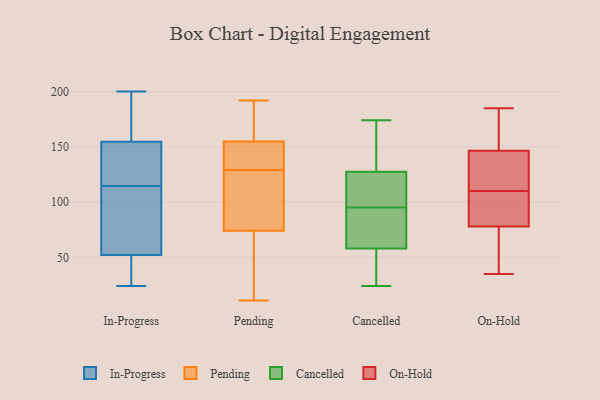
{"axis": {"x": "Population (Million)", "y": "Value"}, "legend": ["Cancelled", "In-Progress", "On-Hold", "Pending"], "data": [{"x": "", "y": 50, "type": "In-Progress"}, {"x": "", "y": 97, "type": "In-Progress"}, {"x": "", "y": 54, "type": "In-Progress"}, {"x": "", "y": 164, "type": "In-Progress"}, {"x": "", "y": 103, "type": "In-Progress"}, {"x": "", "y": 45, "type": "In-Progress"}, {"x": "", "y": 37, "type": "In-Progress"}, {"x": "", "y": 155, "type": "In-Progress"}, {"x": "", "y": 24, "type": "In-Progress"}, {"x": "", "y": 60, "type": "In-Progress"}, {"x": "", "y": 200, "type": "In-Progress"}, {"x": "", "y": 126, "type": "In-Progress"}, {"x": "", "y": 154, "type": "In-Progress"}, {"x": "", "y": 127, "type": "In-Progress"}, {"x": "", "y": 139, "type": "In-Progress"}, {"x": "", "y": 159, "type": "In-Progress"}, {"x": "", "y": 192, "type": "Pending"}, {"x": "", "y": 118, "type": "Pending"}, {"x": "", "y": 83, "type": "Pending"}, {"x": "", "y": 11, "type": "Pending"}, {"x": "", "y": 153, "type": "Pending"}, {"x": "", "y": 186, "type": "Pending"}, {"x": "", "y": 76, "type": "Pending"}, {"x": "", "y": 145, "type": "Pending"}, {"x": "", "y": 111, "type": "Pending"}, {"x": "", "y": 134, "type": "Pending"}, {"x": "", "y": 37, "type": "Pending"}, {"x": "", "y": 60, "type": "Pending"}, {"x": "", "y": 133, "type": "Pending"}, {"x": "", "y": 68, "type": "Pending"}, {"x": "", "y": 179, "type": "Pending"}, {"x": "", "y": 160, "type": "Pending"}, {"x": "", "y": 129, "type": "Pending"}, {"x": "", "y": 174, "type": "Cancelled"}, {"x": "", "y": 119, "type": "Cancelled"}, {"x": "", "y": 134, "type": "Cancelled"}, {"x": "", "y": 55, "type": "Cancelled"}, {"x": "", "y": 74, "type": "Cancelled"}, {"x": "", "y": 121, "type": "Cancelled"}, {"x": "", "y": 112, "type": "Cancelled"}, {"x": "", "y": 35, "type": "Cancelled"}, {"x": "", "y": 78, "type": "Cancelled"}, {"x": "", "y": 148, "type": "Cancelled"}, {"x": "", "y": 24, "type": "Cancelled"}, {"x": "", "y": 61, "type": "Cancelled"}, {"x": "", "y": 169, "type": "On-Hold"}, {"x": "", "y": 110, "type": "On-Hold"}, {"x": "", "y": 128, "type": "On-Hold"}, {"x": "", "y": 103, "type": "On-Hold"}, {"x": "", "y": 136, "type": "On-Hold"}, {"x": "", "y": 45, "type": "On-Hold"}, {"x": "", "y": 90, "type": "On-Hold"}, {"x": "", "y": 150, "type": "On-Hold"}, {"x": "", "y": 74, "type": "On-Hold"}, {"x": "", "y": 185, "type": "On-Hold"}, {"x": "", "y": 35, "type": "On-Hold"}]}